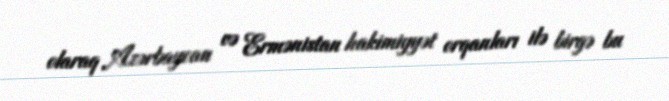
olaraq Azərbaycan və Ermənistan hakimiyyət orqanları ilə birgə bu